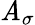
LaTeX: \mathit{A}_{\sigma}